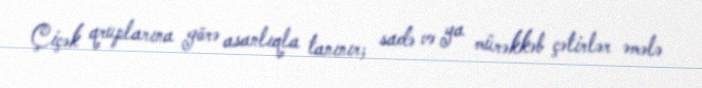
Çiçək qruplarına görə asanlıqla tanınır; sadə və ya mürəkkəb çətirlər əmələ